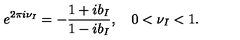
e ^ { 2 \pi i \nu _ { I } } = - \frac { 1 + i b _ { I } } { 1 - i b _ { I } } , \quad 0 < \nu _ { I } < 1 .